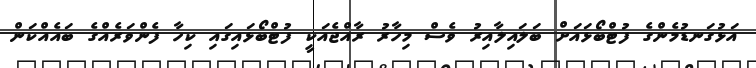
އަޅުގަނޑުމެންގެ ފުޓްބޯޅައަށް ބަލައިލާއިރު ވެސް މިހާރު ރާއްޖެއަކީ ފުޓްބޯޅައިގައި ކިހާ ފެންވަރެއްގެ ބައެއްކަން